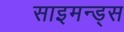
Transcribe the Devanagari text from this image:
साइमन्ड्स